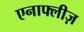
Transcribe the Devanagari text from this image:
एनाफ्लीज़